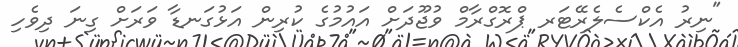
"ނިރު އެކްސެލެރޭޓަރ ޕްރޮގްރާމް ވުޖޫދަށް އައުމުގެ ކުރިން އަޅުގަނޑާ ވަރަށް ގިނަ ދިވެހި